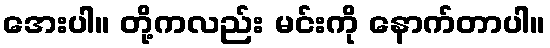
အေးပါ။ တို့ကလည်း မင်းကို နောက်တာပါ။